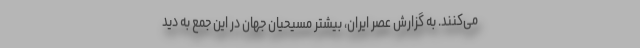
می‌کنند. به گزارش عصر ایران، بیشتر مسیحیان جهان در این جمع به دید